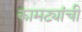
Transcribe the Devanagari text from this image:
कामट्यांची